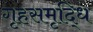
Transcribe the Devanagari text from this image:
गृहसमृद्धि